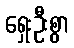
ရှေးဦးစွာ